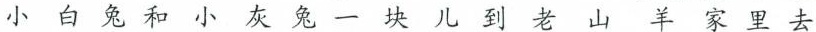
小白兔和小灰兔一块儿到老山羊家里去